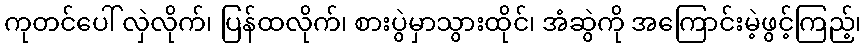
ကုတင်ပေါ် လှဲလိုက်၊ ပြန်ထလိုက်၊ စားပွဲမှာသွားထိုင်၊ အံဆွဲကို အကြောင်းမဲ့ဖွင့်ကြည့်၊